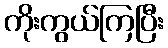
ကိုးကွယ်ကြပြီး